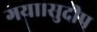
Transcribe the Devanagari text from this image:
गया।सुदीप